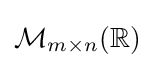
{\mathcal {M}}_{m\times n}(\mathbb {R} )